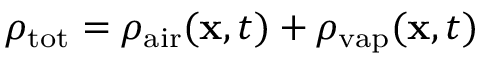
\rho _ { \mathrm { t o t } } = \rho _ { \mathrm { a i r } } ( \mathbf x , t ) + \rho _ { \mathrm { v a p } } ( \mathbf x , t )